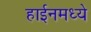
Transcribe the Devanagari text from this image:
हाईनमध्ये